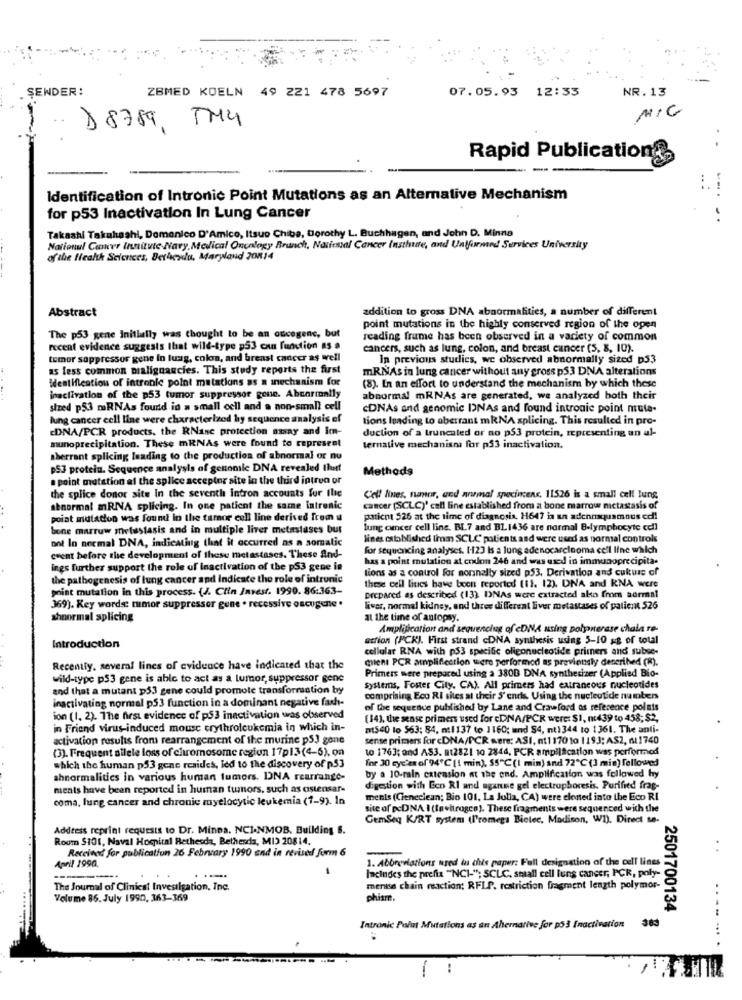
ŞENDER:
ZBMED KOELN 49 221 478 5697
NR.13
07.05.93 12:33
MIC
-
.. D8789, TM4
Rapid Publication
---. .
Identification of Intronic Point Mutations as an Alternative Mechanism
for p53 Inactivation In Lung Cancer
Takashi Takahashi, Domenico D'Amico, Itsuo Chiba, Dorothy L. Buchhagen, and John D. Minna
National Cancer Innitvic Nary, Medical Oncology Brunch, National Cancer Instlune, and Unformed Services University
of the Health Sciences, Bethesda, Maryland 20814
Abstract
addition to gross DNA abnormalities, a number of different
point mutations in the highly conserved region of the open
The p53 gene Initially was thought to be an oncegenc, but
reading frame has been observed in a variety of common
recent evidence suggests that wild-type 953 can function as .
cancers, such as lung, colon, and breast cancer (5, 8, 10).
tumor suppressor gene In luag, colon, and breast cancer as well
In previous studies, we observed abnormally sized D33
as less common malignancies. This study reports the first
mRNAs in lung cancer without any gross p53 DNA alterations
Weatification of intronle point mutations as a mechanism for
(8). In an effort to understand the mechanism by which these
inactivation of the p53 tumor suppressor gone. Abearmally
abnormal mRNAs are generated, we analyzed both their
sized p53 mRNAs found in a small cell and a non-small cell
CONAs and genomic INAs and found intronic point muta-
lung cancer cell line were characterized by sequence analysis of
tions leading to aberrant mRNA splicing. This resulted in pro-
EDNA/PCR products, the RNase protection away and Im-
duction of a truncated or no p53 protein, representing an al-
munoprecipitation. These mRNAs were found to represent
ternative mechanism for p53 inactivation.
aberrant splicing leading to the production of abnormal or nu
p53 protein. Sequence analysis of genonilc DNA revealed that
Methods
a point mutation af the splice accepter site in the third intron or
the splice donor site In the seventh intron accounts for the
Cell lines, naner, and animal specimens. 11526 is a small cell lung
abnormal mRNA splicing. In one patient the same latronic
cancer [SCLC)' cell line established from a bone marrow metastasis of
poiat mutation was found in the tamor cell line derived from u
patient 526 at the time of diagnosis. H647 in an adennsquamous ed!
bone marrow metastasis and in multiple liver metastases but
lung cancer cell line. BL7 and BL 1436 are normal B-lymphocyte cell
ool In normal DNA, indicating that it occurred as a somalic
lines catablished liman SCLC patients and were used as normal controls
for sequencing analyses. 1-123 Is a lung adenocarcinoma cell line which
coent before the development of these metastases. These And-
has a point mulation at codon 246 and was used in immunoprecipita.
ings further support the role of inactivation of the p53 gene in
tions as a control for nonnally sized p53. Derivation and cukuss of
the pathogenesis of lung cancer and Indicate the role of intrunic
these cell lines have been reported (11. 12). DNA and RNA were
point mutation in this process. {J. Clin Invest. 1999. 86:363-
prepared as described (13). INAs were extracted alto from normal
369). Key words: tumor suppressor gene . recessive oscugene .
liver, normal kidney, and three di ferent liver metastases of patient 526
shnormal splicing
at the time of antopsy.
Amplification and sequencing of DNA using polymerase chain re-
action (PCK). First strand cDNA synthesis using 5-10 xg of total
Introduction
cellular RNA with p53 specific oligonucleotide primers and subse-
cent PCR ampliflection were performed as previously described (R).
Recently, several lines of evidence have indicated that the
wild-type p53 gene is able to act as a lumor, suppressor gene
Primers were prepared using a 3800 DNA synthesizer (Applied Bio-
and that a mutant p33 gene could promote transformation by
Systems, Foster City. CA) All primers had extraneous nucleotides
inactivating normal p53 function in a dominant negative fash-
comprising Eco RI sites at their S'enris Using the nucleotide numbers
of the sequence published by Lane and Crawford os reference polnis
ion (1. 2). The first evidence of p53 inactivation was observed
(14), the sense primers used for cDNA/PCR were: SI, mi439 to 458; $2,
in Friend virus-induced mouse crythroleukemia in which in-
nt540 to $63: 84, n:1137 to 1160; und S4, nt1344 to 1361. The anti-
activation results from rearrangement of the murine ps3 gone
sense primers for cDNA/PCR were: ASI, nt1 170 to 1193: AS2, 611740
(3). Frequent allele loss of chromosome region 17p13(4-5), on
to 1763; and AS3. 812821 10 2844, PCR ampilication was performed
for 30 cycles of 94℃ [1 min), 55"℃ (I min) and 72℃ (3 min) followed
which the human p53 gene resides, led to the discovery of p53
by a 10-main extension at the end. Amplification was followed hy
abnormalities in various human tumors. DNA rearrange-
ments have been reported in human tumors, such as ostensar-
digestion with Eco RI and aganme gel electrophoresis. Purified frag-
coma, lung cancer and chronic myelocytic leukemia (7-9). In
ments (Cieneclean; Bio 101, La Julia, CA) were cloned into the Eco RI
site of pcDNA I (Invitrogco). These fragments were sequenced with the
GemSeq KIRT system (l'romega Biotec, Madison, WI). Direct se-
Address reprint requests to Dr. Minea. NCI.NMOB. Building S.
Room $101, Naval Hospital Rethesda, Bethesda, MI) 20814.
Received for publication 26 February 1990 and in revised firm 6
..
April 1990.
1. Abbreviations ured da chis paper: Full designation of the cell lines
Includes the prefix "NC1-"; SCLC, small cell lung cancer, PCR, poly-
The Journal of Clinical Investigation, Inc.
mensa chain reaction; RFLP. restriction fragment length polymor-
Volume 85. July 1990, 363-369
phism.
2501700134
Intronic Point Mutations as an Alternative for p53 Inactivation
......
: